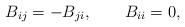
LaTeX: \begin{align*}B_{ij}=-B_{ji}, \qquad B_{ii}=0,\end{align*}